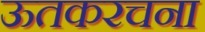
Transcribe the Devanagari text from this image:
ऊतकरचना